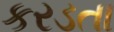
કરડતા